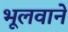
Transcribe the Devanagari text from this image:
भूलवाने